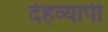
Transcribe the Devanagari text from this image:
देहव्यापी